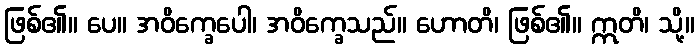
ဖြစ်၏။ ပေ။ အဝိက္ခေပေါ၊ အဝိက္ခေသည်။ ဟောတိ၊ ဖြစ်၏။ ဣတိ၊ သို့။